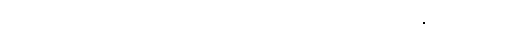
သောဓမ္မပရိယာယော၊ ထိုတရားဟောခြင်း ဒေသနာသည်။ ဟောတိ၊ ဖြစ်၏။ ဣတိ၊ ဤသို့။